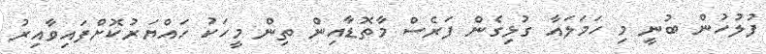
ފުލުހުން ބުނީ މި ހަމަލައާ ގުޅިގެން ފަރެސް މާތޮޑާއިން ތިން މީހަކު ހައްޔަރުކޮށްފައިވާއިރު